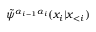
\tilde { \psi } ^ { \alpha _ { i - 1 } \alpha _ { i } } ( x _ { i } | \boldsymbol { x } _ { < i } )